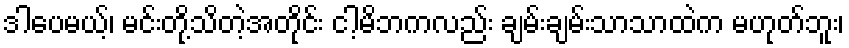
ဒါပေမယ့်၊ မင်းတို့သိတဲ့အတိုင်း ငါ့မိဘကလည်း ချမ်းချမ်းသာသာထဲက မဟုတ်ဘူး၊